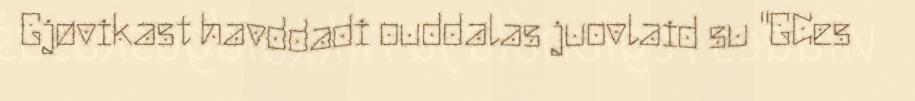
Gjøvikast havddadi ouddalas juovlaid su "GCes